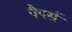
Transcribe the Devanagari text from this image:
पैपर्स